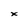
Character: x